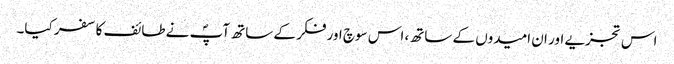
اس تجزیے اور ان امیدوں کے ساتھ، اس سوچ اور فکر کے ساتھ آپؐ نے طائف کا سفر کیا۔